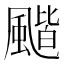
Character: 𩘗